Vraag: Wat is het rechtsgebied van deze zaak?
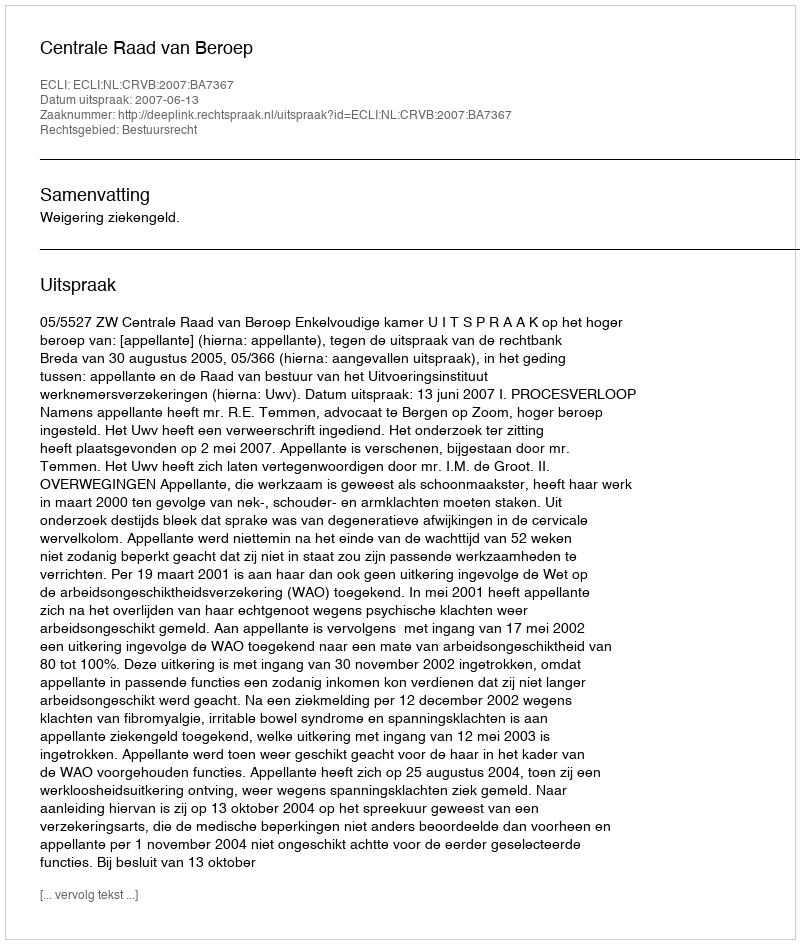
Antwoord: Bestuursrecht